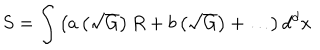
LaTeX: S = \int { \left( a \left( \sqrt { G } \right) R + b \left( \sqrt { G } \right) + \ldots \right) d ^ { d } x }